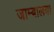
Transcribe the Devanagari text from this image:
जाम्बालया